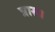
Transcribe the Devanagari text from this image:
त्रास।